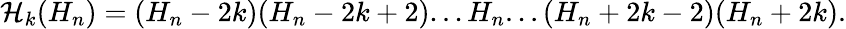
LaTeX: {\cal H}_{k}(H_{n})=(H_{n}-2k)(H_{n}-2k+2)...H_{n}...(H_{n}+2k-2)(H_{n}+2k).